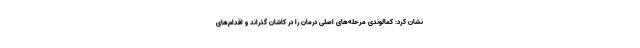
نشان کرد: کمالوندی مرحله‌های اصلی درمان را در کاشان گذراند و اقدام‌های